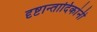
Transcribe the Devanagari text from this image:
दृष्टान्तादिकांनी